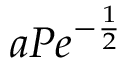
a P e ^ { - \frac { 1 } { 2 } }